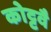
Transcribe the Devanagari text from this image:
कोट्टवै